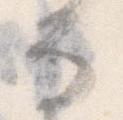
な